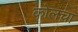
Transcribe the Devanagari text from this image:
कोलचा